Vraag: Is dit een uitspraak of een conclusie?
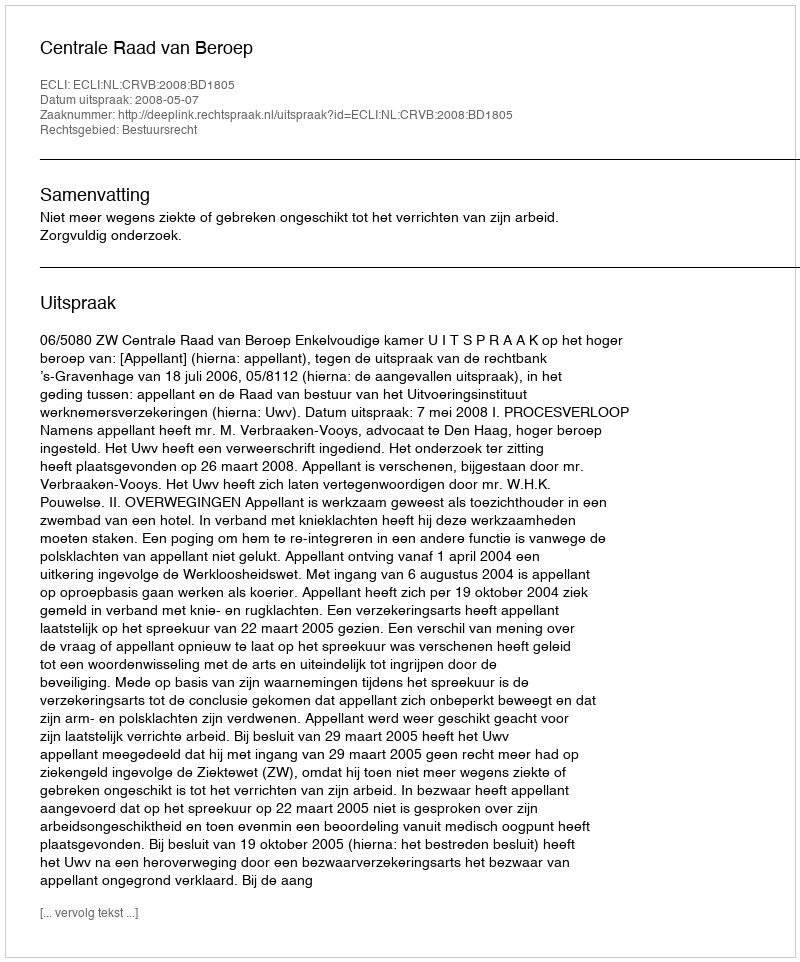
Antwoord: Uitspraak